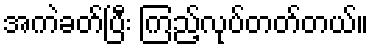
အကဲခတ်ပြီး ကြည့်လုပ်တတ်တယ်။